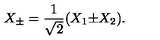
X _ { \pm } = { \frac { 1 } { \sqrt { 2 } } } ( X _ { 1 } { \pm } X _ { 2 } ) .